Vaccination report Assam 1874-1896 - 1874-1896
Year: 1874
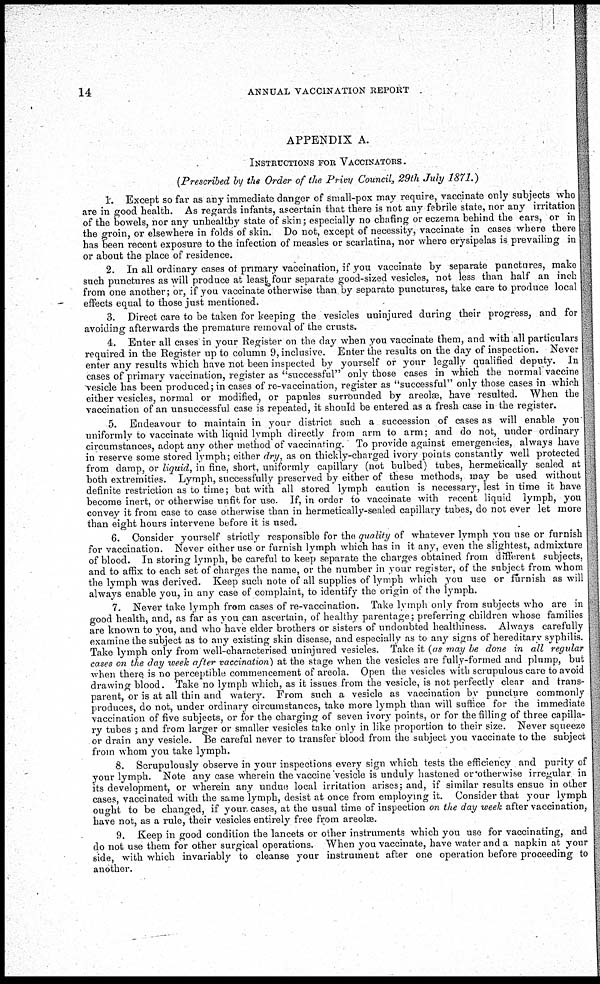
14
ANNUAL VACCINATION REPORT
APPENDIX A.
INSTRUCTIONS FOR VACCINATORS .
(Prescribed by the Order of the Privy Council, 29th July 1871.)
1. Except so far as any immediate danger of small-pox may require, vaccinate only subjects who
are in good health. As regards infants, ascertain that there is not any febrile state, nor any irritation
of the bowels, nor any unhealthy state of skin; especially no chafing or eczema behind the ears, or in
the groin, or elsewhere in folds of skin. Do not, except of necessity, vaccinate in cases where there
has been recent exposure to the infection of measles or scarlatina, nor where erysipelas is prevailing in
or about the place of residence.
2. In all ordinary cases of primary vaccination, if you vaccinate by separate punctures, make
such punctures as will produce at least four separate good-sized vesicles, not less than half an inch
from one another; or, if you vaccinate otherwise than by separate punctures, take care to produce local
effects equal to those just mentioned.
3. Direct care to be taken for keeping the vesicles uninjured during their progress, and for
avoiding afterwards the premature removal of the crusts.
4. Enter all cases in your Register on the day when you vaccinate them, and with all particulars
required in the Register up to column 9, inclusive. Enter the results on the day of inspection. Never
enter any results which have not been inspected by yourself or your legally qualified deputy. In
cases of primary vaccination, register as "successful" only those cases in which the normal vaccine
vesicle has been produced; in cases of re-vaccination, register as "successful" only those cases in which
either vesicles, normal or modified, or papules surrounded by areolæ, have resulted. When the
vaccination of an unsuccessful case is repeated, it should be entered as a fresh case in the register.
5. Endeavour to maintain in your district such a succession of cases as will enable you
uniformly to vaccinate with liquid lymph directly from arm to arm; and do not, under ordinary
circumstances, adopt any other method of vaccinating. To provide against emergencies, always have
in reserve some stored lymph; either dry, as on thickly-charged ivory points constantly well protected
from damp, or liquid, in fine, short, uniformly capillary (not bulbed) tubes, hermetically sealed at
both extremities. Lymph, successfully preserved by either of these methods, may be used without
definite restriction as to time; but with all stored lymph caution is necessary, lest in time it have
become inert, or otherwise unfit for use. If, in order to vaccinate with recent liquid lymph, you
convey it from case to case otherwise than in hermetically-sealed capillary tubes, do not ever let more
than eight hours intervene before it is used.
6. Consider yourself strictly responsible for the quality of whatever lymph you use or furnish
for vaccination. Never either use or furnish lymph which has in it any, even the slightest, admixture
of blood. In storing lymph, be careful to keep separate the charges obtained from different subjects,
and to affix to each set of charges the name, or the number in your register, of the subject from whom
the lymph was derived. Keep such note of all supplies of lymph which you use or furnish as will
always enable you, in any case of complaint, to identify the origin of the lymph.
7. Never take lymph from cases of re-vaccination. Take lymph only from subjects who are in
good health, and, as far as you can ascertain, of healthy parentage; preferring children whose families
are known to you, and who have elder brothers or sisters of undoubted healthiness. Always carefully
examine the subject as to any existing skin disease, and especially as to any signs of hereditary syphilis.
Take lymph only from well-characterised uninjured vesicles. Take it (as may be done in all regular
cases on the day week after vaccination) at the stage when the vesicles are fully-formed and plump, but
when there is no perceptible commencement of areola. Open the vesicles with scrupulous care to avoid
drawing blood. Take no lymph which, as it issues from the vesicle, is not perfectly clear and trans-
parent, or is at all thin and watery. From such a vesicle as vaccination by puncture commonly
produces, do not, under ordinary circumstances, take more lymph than will suffice for the immediate
vaccination of five subjects, or for the charging of seven ivory points, or for the filling of three capilla-
ry tubes ; and from larger or smaller vesicles take only in like proportion to their size. Never squeeze
or drain any vesicle. Be careful never to transfer blood from the subject you vaccinate to the subject
from whom you take lymph.
8. Scrupulously observe in your inspections every sign which tests the efficiency and purity of
your lymph. Note any case wherein the vaccine vesicle is unduly hastened or otherwise irregular in
its development, or wherein any undue local irritation arises; and, if similar results ensue in other
cases, vaccinated with the same lymph, desist at once from employing it. Consider that your lymph
ought to be changed, if your, cases, at the usual time of inspection on the day week after vaccination,
have not, as a rule, their vesicles entirely free from areolæ.
9. Keep in good condition the lancets or other instruments which you use for vaccinating, and
do not use them for other surgical operations. When you vaccinate, have water and a napkin at your
side, with which invariably to cleanse your instrument after one operation before proceeding to
another.